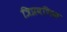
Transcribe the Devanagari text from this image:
त्रिप्रवणिक